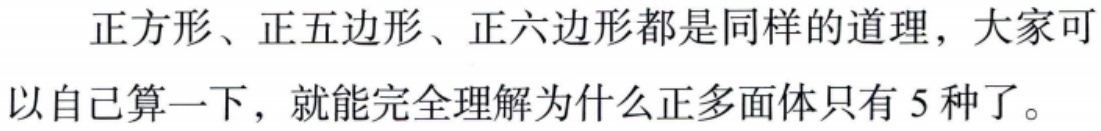
正方形、正五边形、正六边形都是同样的道理，大家可以自己算一下，就能完全理解为什么正多面体只有 5 种了。